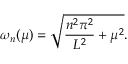
\omega _ { n } ( \mu ) = \sqrt { \frac { n ^ { 2 } \pi ^ { 2 } } { L ^ { 2 } } + \mu ^ { 2 } } .